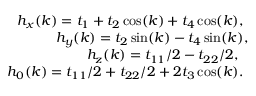
\begin{array} { r l r } & { } & { h _ { x } ( k ) = t _ { 1 } + t _ { 2 } \cos ( k ) + t _ { 4 } \cos ( k ) , ~ ~ ~ ~ } \\ & { } & { h _ { y } ( k ) = t _ { 2 } \sin ( k ) - t _ { 4 } \sin ( k ) , ~ ~ ~ } \\ & { } & { h _ { z } ( k ) = t _ { 1 1 } / 2 - t _ { 2 2 } / 2 , ~ ~ ~ ~ ~ } \\ & { } & { h _ { 0 } ( k ) = t _ { 1 1 } / 2 + t _ { 2 2 } / 2 + 2 t _ { 3 } \cos ( k ) . ~ ~ ~ ~ } \end{array}